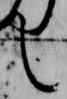
之